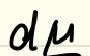
\(d\mu\)